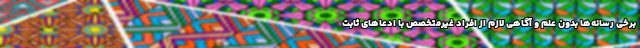
برخی رسانه‌ها بدون علم و آگاهی لازم از افراد غیرمتخصص با ادعاهای ثابت